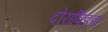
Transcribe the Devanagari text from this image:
दोराबिड्डा